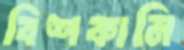
বিশকানি